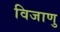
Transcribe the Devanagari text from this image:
विजाणु